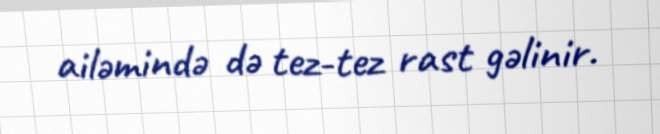
ailəmində də tez-tez rast gəlinir.